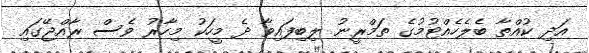
އަދި ކުއްތާ ބެލެހެއްޓުމުގެ ތަމްރީނު ލިބިފައިވާ ދެ މީހަކު މިހާރު ވެސް ރާއްޖޭގައި